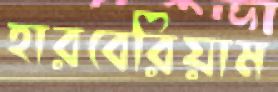
হারবেরিয়াম